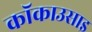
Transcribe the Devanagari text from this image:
कॉकाउसाइ